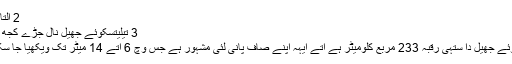
2 التائی مانتا
3 تیلیتسکوئے جھیل نال جُڑے کجھ نظارے
تیلیتسکوئے جھیل دا ستہی رقبہ 233 مربع کلومیٹر ہے اتے ایہہ اپنے صاف پانی لئی مشہور ہے جس وچّ 6 اتے 14 میٹر تکّ ویکھیا جا سکدا ہے ۔